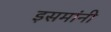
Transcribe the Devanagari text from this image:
इसमांनी